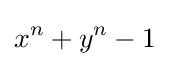
x^{n}+y^{n}-1